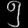
Digit: ၅